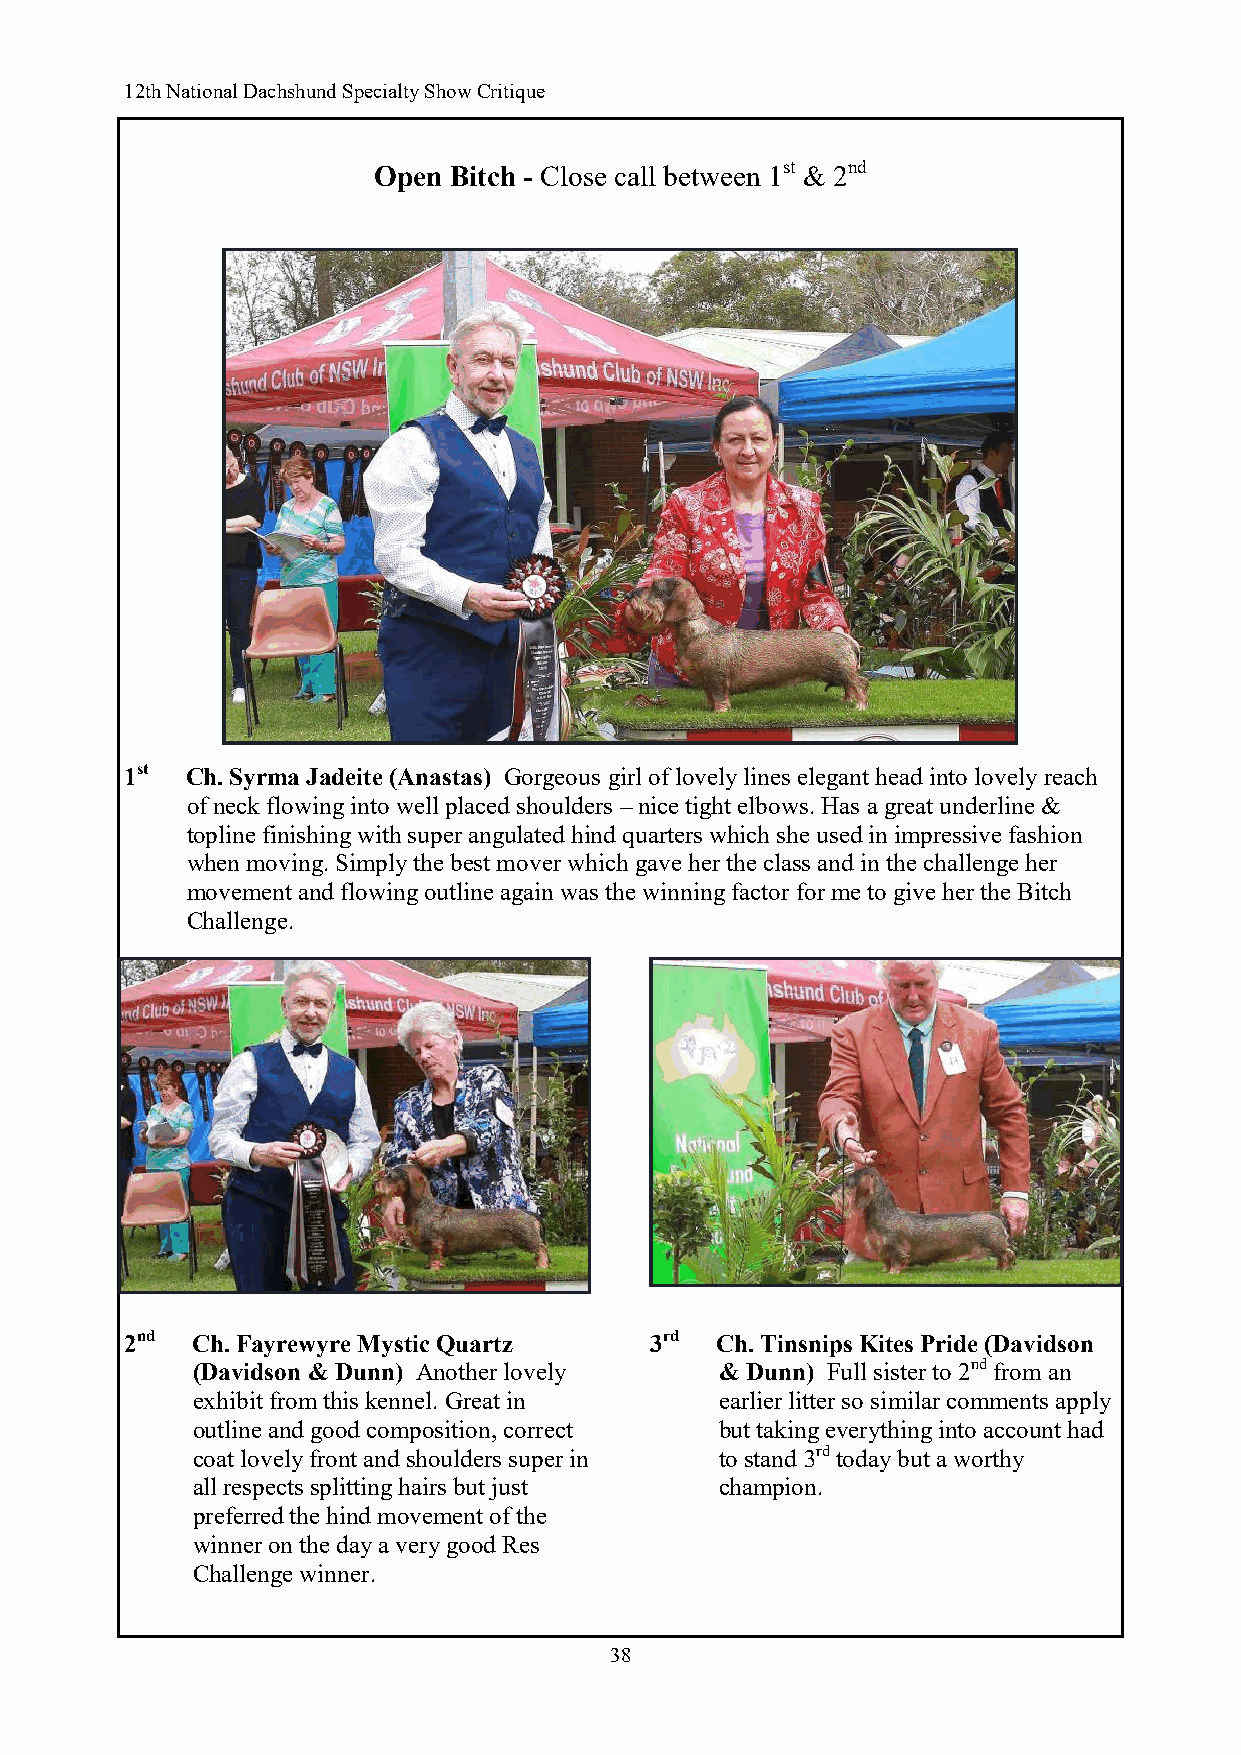
12th National Dachshund Specialty Show Critique
 Open Bitch - Close call between 1st & 2nd
 1st Ch. Syrma Jadeite (Anastas) Gorgeous girl of lovely lines elegant head into lovely reach
 of neck flowing into well placed shoulders – nice tight elbows. Has a great underline &
 topline finishing with super angulated hind quarters which she used in impressive fashion
 when moving. Simply the best mover which gave her the class and in the challenge her
 movement and flowing outline again was the winning factor for me to give her the Bitch
 Challenge.
 2nd  Ch. Fayrewyre Mystic Quartz   3rd Ch. Tinsnips Kites Pride (Davidson
 (Davidson & Dunn) Another lovely   & Dunn) Full sister to 2nd from an
 exhibit from this kennel. Great in earlier litter so similar comments apply
 outline and good composition, correct but taking everything into account had
 coat lovely front and shoulders super in to stand 3rd today but a worthy
 all respects splitting hairs but just champion.
 preferred the hind movement of the
 winner on the day a very good Res
 Challenge winner.
 38